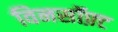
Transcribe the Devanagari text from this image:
विनसॉफ़्ट